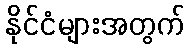
နိုင်ငံများအတွက်